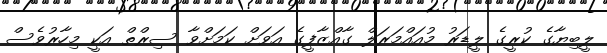
ލީބިޔާގެ ކުރީގެ ލީޑަރު މުއައްމަރަލް ގާއްޒާފީގެ އަވަށް ކަމަށްވާ ސިރްތް އަކީ މިހާރުވެސް